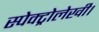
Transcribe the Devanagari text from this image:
स्पेक्ट्रोलेखी।